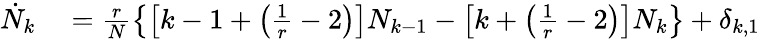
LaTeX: \begin{array}{rl}{\dot{N}_{k}}&{{}=\frac{r}{N}\left\{ \left[k-1+\left(\frac{1}{r}-2\right)\right]N_{k-1}-\left[k+\left(\frac{1}{r}-2\right)\right]N_{k}\right\} +\delta_{k,1}}\end{array}